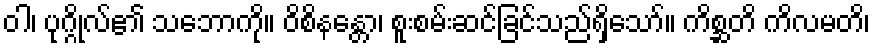
ဝါ၊ ပုဂ္ဂိုလ်၏ သဘောကို။ ဝိစိနန္တော၊ စူးစမ်းဆင်ခြင်သည်ရှိသော်။ ကိစ္ဆတိ ကိလမတိ၊